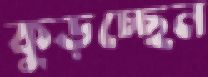
কুড়চ্ছেন